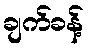
ချက်ခန့်